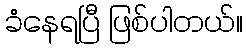
ခံနေရပြီ ဖြစ်ပါတယ်။